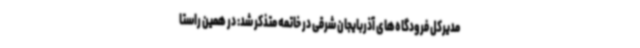
مدیرکل فرودگاه‌های آذربایجان شرقی در خاتمه متذکر شد: در همین راستا